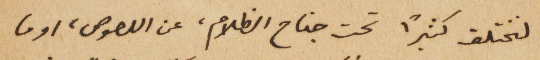
لنختلف كثيراً تحت جناح الظلام، عن اللصوص، او ما